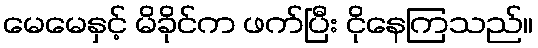
မေမေနှင့် မိခိုင်က ဖက်ပြီး ငိုနေကြသည်။